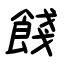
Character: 餞